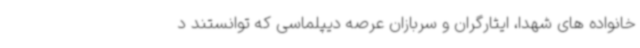
خانواده های شهدا، ایثارگران و سربازان عرصه دیپلماسی که توانستند د